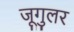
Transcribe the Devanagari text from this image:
जूगुलर